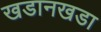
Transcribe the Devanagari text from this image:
खडानखडा